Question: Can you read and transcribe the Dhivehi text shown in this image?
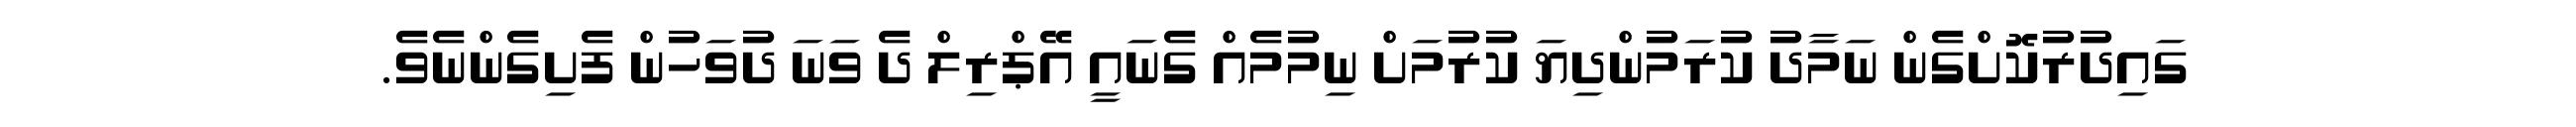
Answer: ގައިދުރުކޮށްގެން ނަމާދު ކުރަމުންދިޔަ ކުރުމަށް ނިމުމެއް ގެނައީ އޭޕްރިލް ދެ ވަނަ ދުވަހުން ފެށިގެންނެވެ.